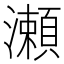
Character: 瀬